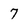
Character: 7